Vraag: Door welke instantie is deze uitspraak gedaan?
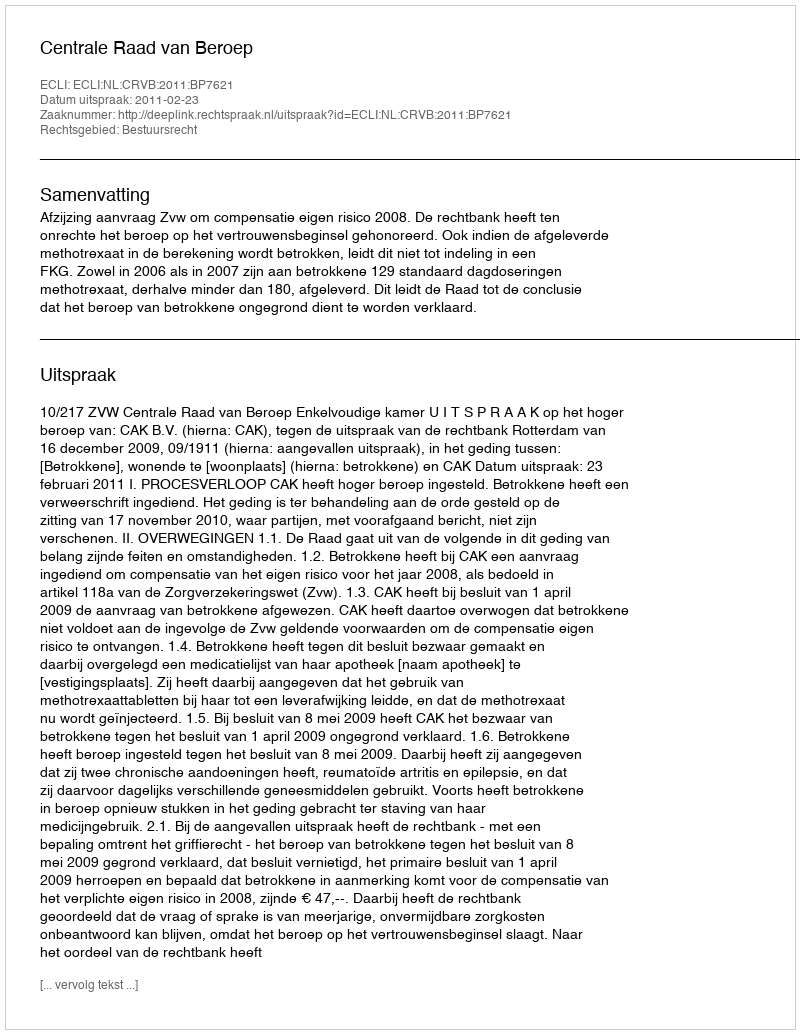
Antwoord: Centrale Raad van Beroep